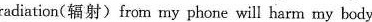
radiation(辐射)from my phone will harm my body.I